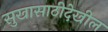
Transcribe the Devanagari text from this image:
सुखासाठीदेखील